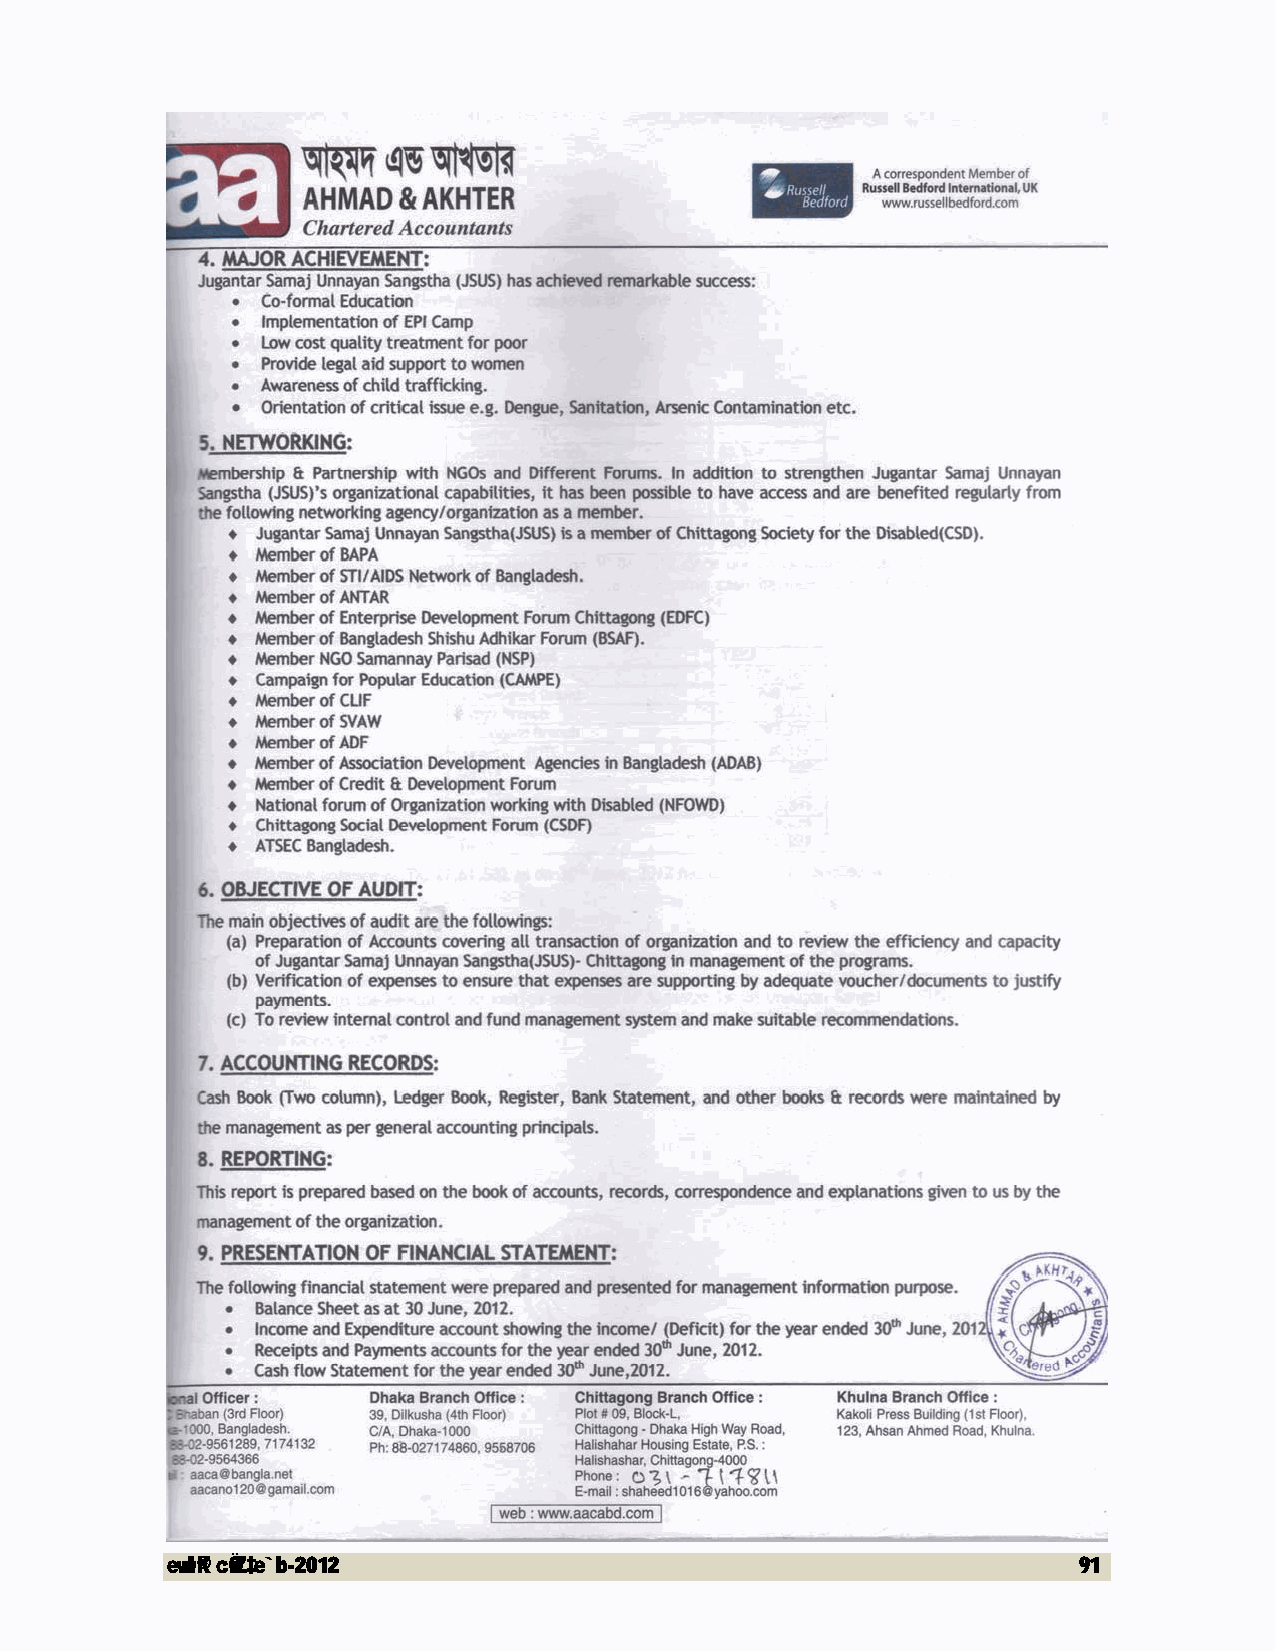
evwl©K cÖwZ‡e`b-2012                                        91